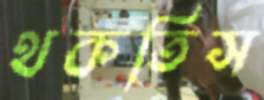
থকতিস